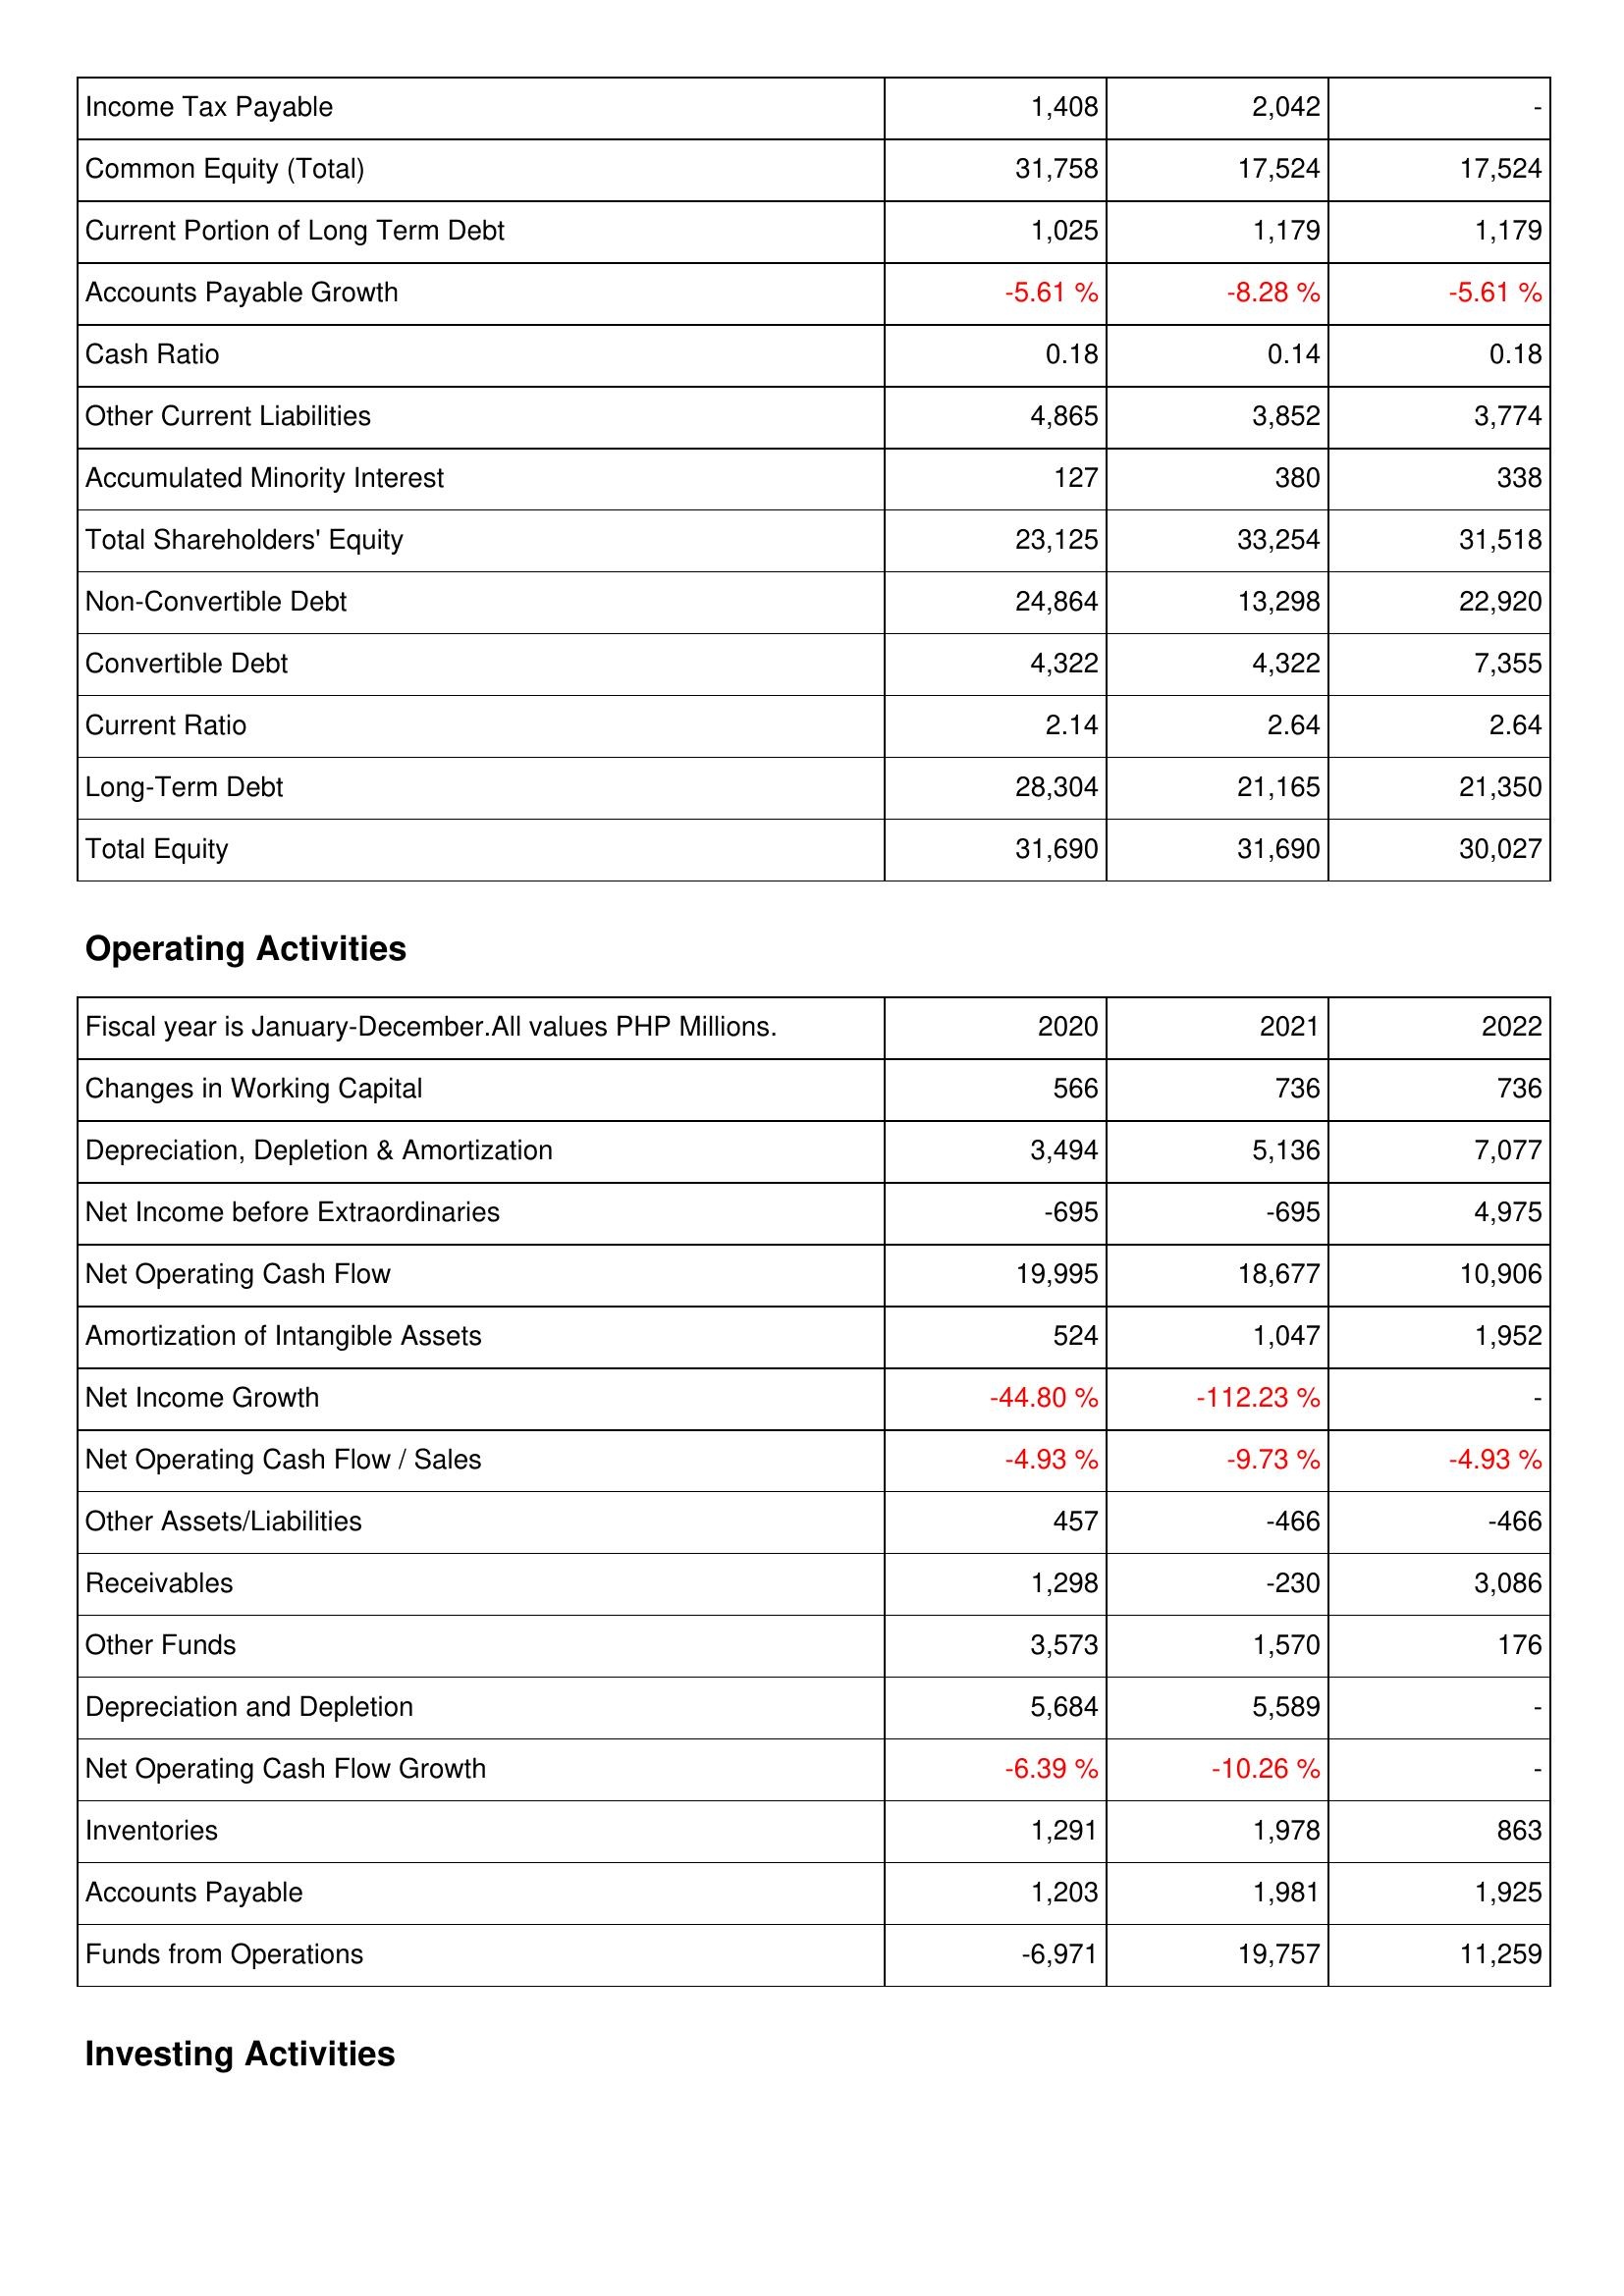
2020: Liabilities & Shareholders' Equity: Income Tax Payable: 1,408
Common Equity (Total): 31,758
Current Portion of Long Term Debt: 1,025
Accounts Payable Growth: -5.61 %
Cash Ratio: 0.18
Other Current Liabilities: 4,865
Accumulated Minority Interest: 127
Total Shareholders' Equity: 23,125
Non-Convertible Debt: 24,864
Convertible Debt: 4,322
Current Ratio: 2.14
Long-Term Debt: 28,304
Total Equity: 31,690
Operating Activities: Changes in Working Capital: 566
Depreciation, Depletion & Amortization: 3,494
Net Income before Extraordinaries: -695
Net Operating Cash Flow: 19,995
Amortization of Intangible Assets: 524
Net Income Growth: -44.80 %
Net Operating Cash Flow / Sales: -4.93 %
Other Assets/Liabilities: 457
Receivables: 1,298
Other Funds: 3,573
Depreciation and Depletion: 5,684
Net Operating Cash Flow Growth: -6.39 %
Inventories: 1,291
Accounts Payable: 1,203
Funds from Operations: -6,971
2021: Liabilities & Shareholders' Equity: Income Tax Payable: 2,042
Common Equity (Total): 17,524
Current Portion of Long Term Debt: 1,179
Accounts Payable Growth: -8.28 %
Cash Ratio: 0.14
Other Current Liabilities: 3,852
Accumulated Minority Interest: 380
Total Shareholders' Equity: 33,254
Non-Convertible Debt: 13,298
Convertible Debt: 4,322
Current Ratio: 2.64
Long-Term Debt: 21,165
Total Equity: 31,690
Operating Activities: Changes in Working Capital: 736
Depreciation, Depletion & Amortization: 5,136
Net Income before Extraordinaries: -695
Net Operating Cash Flow: 18,677
Amortization of Intangible Assets: 1,047
Net Income Growth: -112.23 %
Net Operating Cash Flow / Sales: -9.73 %
Other Assets/Liabilities: -466
Receivables: -230
Other Funds: 1,570
Depreciation and Depletion: 5,589
Net Operating Cash Flow Growth: -10.26 %
Inventories: 1,978
Accounts Payable: 1,981
Funds from Operations: 19,757
2022: Liabilities & Shareholders' Equity: Income Tax Payable: -
Common Equity (Total): 17,524
Current Portion of Long Term Debt: 1,179
Accounts Payable Growth: -5.61 %
Cash Ratio: 0.18
Other Current Liabilities: 3,774
Accumulated Minority Interest: 338
Total Shareholders' Equity: 31,518
Non-Convertible Debt: 22,920
Convertible Debt: 7,355
Current Ratio: 2.64
Long-Term Debt: 21,350
Total Equity: 30,027
Operating Activities: Changes in Working Capital: 736
Depreciation, Depletion & Amortization: 7,077
Net Income before Extraordinaries: 4,975
Net Operating Cash Flow: 10,906
Amortization of Intangible Assets: 1,952
Net Income Growth: -
Net Operating Cash Flow / Sales: -4.93 %
Other Assets/Liabilities: -466
Receivables: 3,086
Other Funds: 176
Depreciation and Depletion: -
Net Operating Cash Flow Growth: -
Inventories: 863
Accounts Payable: 1,925
Funds from Operations: 11,259